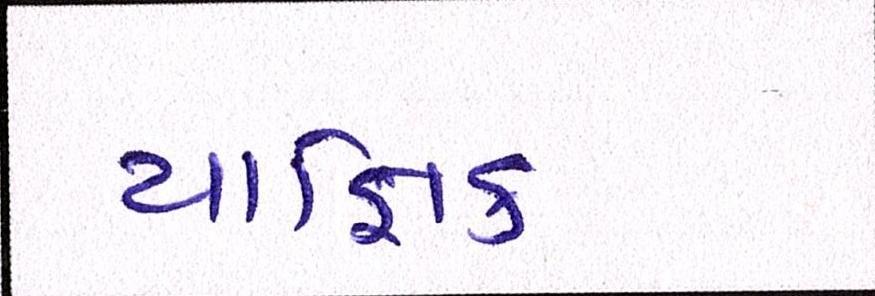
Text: યાજ્ઞિક